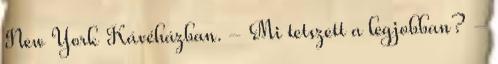
New York Kávéházban. - Mi tetszett a legjobban? -